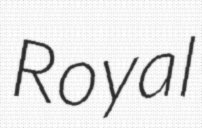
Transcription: Royal